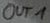
Text: OUT1